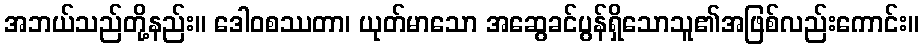
အဘယ်သည်တို့နည်း။ ဒေါဝစဿတာ၊ ယုတ်မာသော အဆွေခင်ပွန်ရှိသောသူ၏အဖြစ်လည်းကောင်း။